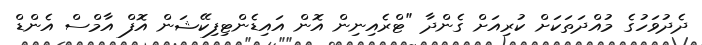
ދެދުވަހުގެ މުއްދަތަކަށް ކުރިއަށް ގެންދާ "ޓްރެއިނިން އޮން އައިޑެންޓިފިކޭޝަން އޮފް އާމްސް އެންޑް